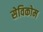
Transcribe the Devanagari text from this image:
सेविकोम